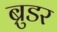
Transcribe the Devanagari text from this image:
ब्रुडर